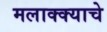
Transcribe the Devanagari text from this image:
मलाक्क्याचे